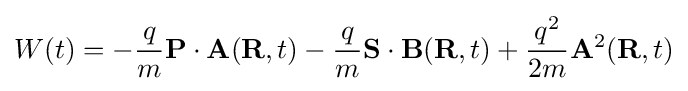
W(t)=-{\frac {q}{m}}\mathbf {P} \cdot \mathbf {A} (\mathbf {R} ,t)-{\frac {q}{m}}\mathbf {S} \cdot \mathbf {B} (\mathbf {R} ,t)+{\frac {q^{2}}{2m}}\mathbf {A} ^{2}(\mathbf {R} ,t)